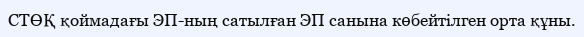
СТӨҚ қоймадағы ЭП-ның сатылған ЭП санына көбейтілген орта құны.